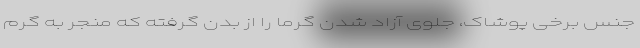
جنس برخی پوشاک، جلوی آزاد شدن گرما را از بدن گرفته که منجر به گرم